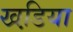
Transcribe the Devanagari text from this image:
खडि़या